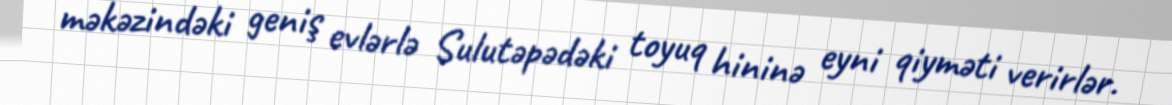
məkəzindəki geniş evlərlə Sulutəpədəki toyuq hininə eyni qiyməti verirlər.